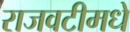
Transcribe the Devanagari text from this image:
राजवटीमधे